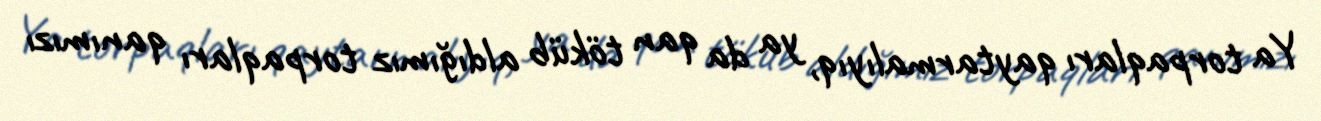
Ya torpaqları qaytarmalıyıq, ya da qan töküb aldığımız torpaqları qanımızı